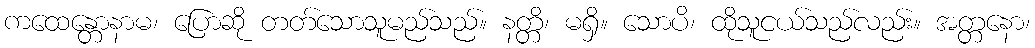
ကထေန္တောနာမ၊ ပြောဆို တတ်သောသူမည်သည်။ နတ္တိ၊ မရှိ။ သောပိ၊ ထိုသူငယ်သည်လည်း။ အတ္တနော၊